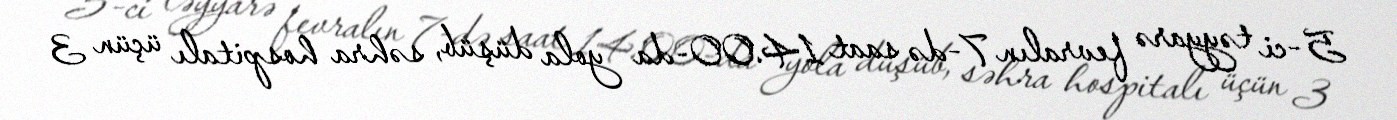
5-ci təyyarə fevralın 7-də saat 14.00-da yola düşüb, səhra hospitalı üçün 3